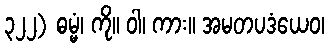
၃၂၂) ဓမ္မံ၊ ကို။ ဝါ၊ ကား။ အမတပဒံယေဝ၊